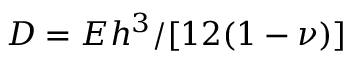
D = E h ^ { 3 } / [ 1 2 ( 1 - \nu ) ]